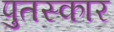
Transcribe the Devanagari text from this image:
पुतस्कार